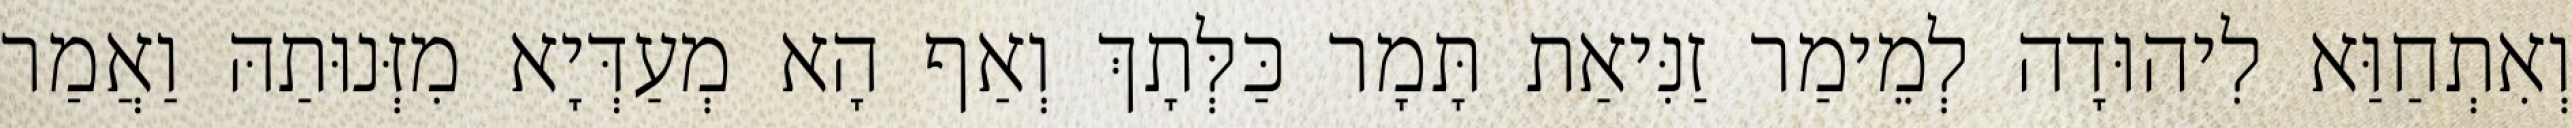
וְאִתְחַוַּא לִיהוּדָה לְמֵימַר זַנִּיאַת תָּמָר כַּלְּתָךְ וְאַף הָא מְעַדְּיָא מִזְּנוּתַהּ וַאֲמַר